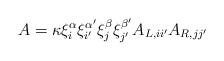
LaTeX: \begin{align*}A=\kappa \xi^{\alpha}_{i} \xi^{\alpha'}_{i'} \xi^{\beta}_{j} \xi^{\beta'}_{j'} A_{L,ii'} A_{R,jj'} \end{align*}